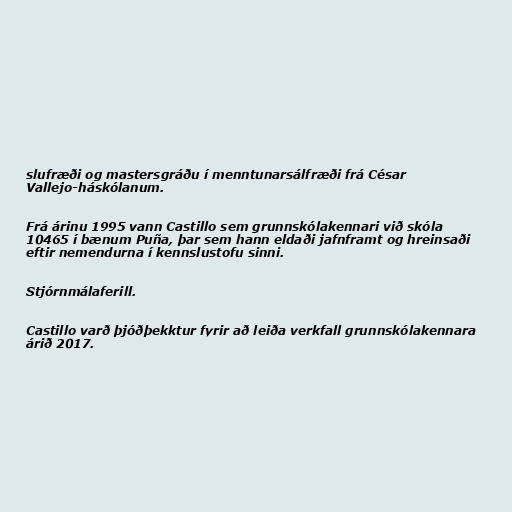
slufræði og mastersgráðu í menntunarsálfræði frá César
Vallejo-háskólanum.

Frá árinu 1995 vann Castillo sem grunnskólakennari við skóla
10465 í bænum Puña, þar sem hann eldaði jafnframt og hreinsaði
eftir nemendurna í kennslustofu sinni.

Stjórnmálaferill.

Castillo varð þjóðþekktur fyrir að leiða verkfall grunnskólakennara
árið 2017.